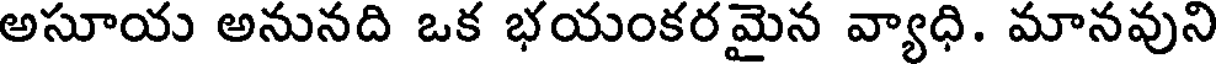
అసూయ అనునది ఒక భయంకరమైన వ్యాధి. మానవుని